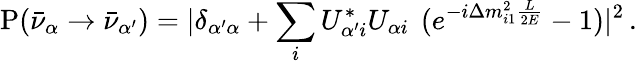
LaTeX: {\mathrm P}(\bar{\nu}_{\alpha}\to\bar{\nu}_{\alpha^{\prime}})=|\delta_{{\alpha^{\prime}}\alpha}+\sum_{i}U_{\alpha^{\prime}i}^{*}U_{\alpha i}\, ~(e^{-i\Delta m_{i1}^{2}\frac{L}{2E}}-1)|^{2}\, .